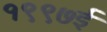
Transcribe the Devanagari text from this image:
१९९७ई